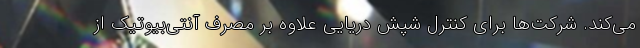
می‌کند. شرکت‌ها برای کنترل شپش دریایی علاوه بر مصرف آنتی‌بیوتیک از